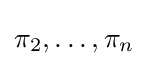
\pi _{2},\dots ,\pi _{n}